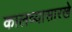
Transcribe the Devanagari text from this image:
कालव्यासारखे